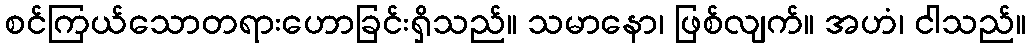
စင်ကြယ်သောတရားဟောခြင်းရှိသည်။ သမာနော၊ ဖြစ်လျက်။ အဟံ၊ ငါသည်။